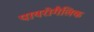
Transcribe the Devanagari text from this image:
पायरोगैलिक